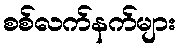
စစ်လက်နက်များ